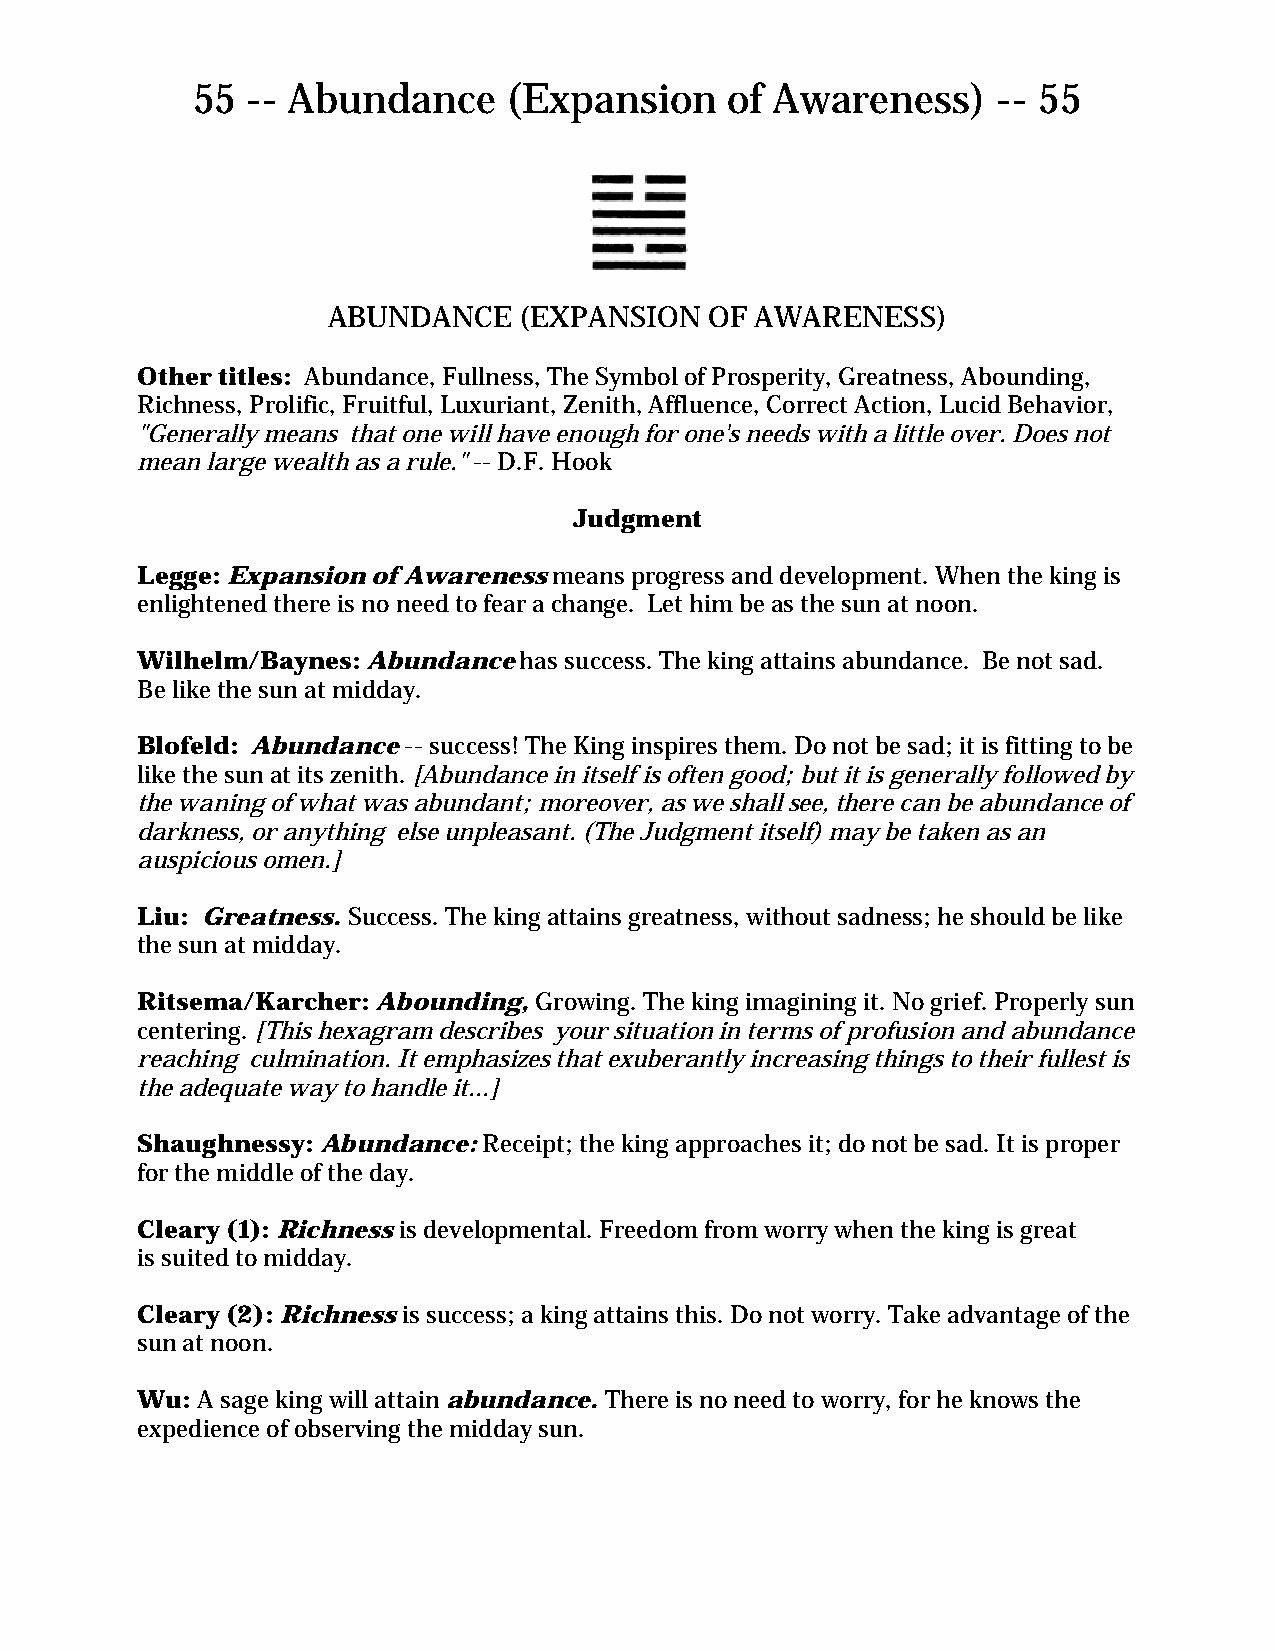
55 -- Abundance      (Expansion    of Awareness)     -- 55
 ABUNDANCE   (EXPANSION   OF AWARENESS)
 Other titles: Abundance, Fullness, The Symbol of Prosperity, Greatness, Abounding,
 Richness, Prolific, Fruitful, Luxuriant, Zenith, Affluence, Correct Action, Lucid Behavior,
 "Generally means that one will have enough for one's needs with a little over. Does not
 mean large wealth as a rule." -- D.F. Hook
 Judgment
 Legge: Expansion of Awareness means progress and development. When the king is
 enlightened there is no need to fear a change. Let him be as the sun at noon.
 Wilhelm/Baynes: Abundance has success. The king attains abundance. Be not sad.
 Be like the sun at midday.
 Blofeld: Abundance -- success! The King inspires them. Do not be sad; it is fitting to be
 like the sun at its zenith. [Abundance in itself is often good; but it is generally followed by
 the waning of what was abundant; moreover, as we shall see, there can be abundance of
 darkness, or anything else unpleasant. (The Judgment itself) may be taken as an
 auspicious omen.]
 Liu: Greatness. Success. The king attains greatness, without sadness; he should be like
 the sun at midday.
 Ritsema/Karcher: Abounding, Growing. The king imagining it. No grief. Properly sun
 centering. [This hexagram describes your situation in terms of profusion and abundance
 reaching culmination. It emphasizes that exuberantly increasing things to their fullest is
 the adequate way to handle it...]
 Shaughnessy: Abundance: Receipt; the king approaches it; do not be sad. It is proper
 for the middle of the day.
 Cleary (1): Richness is developmental. Freedom from worry when the king is great
 is suited to midday.
 Cleary (2): Richness is success; a king attains this. Do not worry. Take advantage of the
 sun at noon.
 Wu: A sage king will attain abundance. There is no need to worry, for he knows the
 expedience of observing the midday sun.